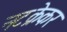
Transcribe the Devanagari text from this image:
नटक्रेकर